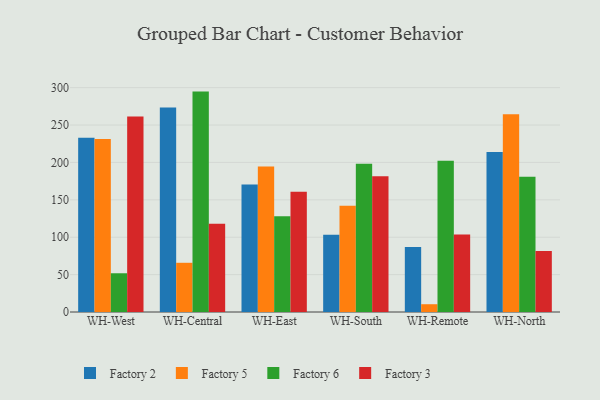
{"axis": {"x": "Warehouse", "y": "Shipments"}, "legend": ["Factory 2", "Factory 3", "Factory 5", "Factory 6"], "data": [{"x": "WH-West", "y": 233.0, "type": "Factory 2"}, {"x": "WH-West", "y": 231.4, "type": "Factory 5"}, {"x": "WH-West", "y": 51.8, "type": "Factory 6"}, {"x": "WH-West", "y": 261.5, "type": "Factory 3"}, {"x": "WH-Central", "y": 273.4, "type": "Factory 2"}, {"x": "WH-Central", "y": 65.8, "type": "Factory 5"}, {"x": "WH-Central", "y": 294.7, "type": "Factory 6"}, {"x": "WH-Central", "y": 118.1, "type": "Factory 3"}, {"x": "WH-East", "y": 170.6, "type": "Factory 2"}, {"x": "WH-East", "y": 194.4, "type": "Factory 5"}, {"x": "WH-East", "y": 128.0, "type": "Factory 6"}, {"x": "WH-East", "y": 160.8, "type": "Factory 3"}, {"x": "WH-South", "y": 103.4, "type": "Factory 2"}, {"x": "WH-South", "y": 142.0, "type": "Factory 5"}, {"x": "WH-South", "y": 198.2, "type": "Factory 6"}, {"x": "WH-South", "y": 181.5, "type": "Factory 3"}, {"x": "WH-Remote", "y": 86.8, "type": "Factory 2"}, {"x": "WH-Remote", "y": 10.4, "type": "Factory 5"}, {"x": "WH-Remote", "y": 202.2, "type": "Factory 6"}, {"x": "WH-Remote", "y": 103.5, "type": "Factory 3"}, {"x": "WH-North", "y": 213.8, "type": "Factory 2"}, {"x": "WH-North", "y": 264.3, "type": "Factory 5"}, {"x": "WH-North", "y": 180.7, "type": "Factory 6"}, {"x": "WH-North", "y": 81.5, "type": "Factory 3"}]}